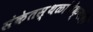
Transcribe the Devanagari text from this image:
संकेतस्थळांपेक्षाही